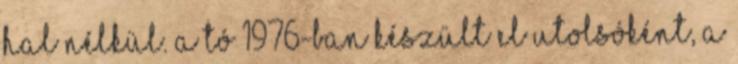
hal nélkül. A tó 1976-ban készült el utolsóként, a